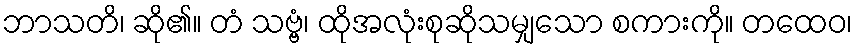
ဘာသတိ၊ ဆို၏။ တံ သဗ္ဗံ၊ ထိုအလုံးစုဆိုသမျှသော စကားကို။ တထေဝ၊